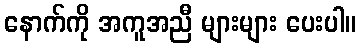
နောက်ကို အကူအညီ များများ ပေးပါ။